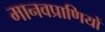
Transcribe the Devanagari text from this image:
मानवप्राणियों